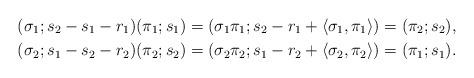
LaTeX: \begin{gather*}(\sigma_1;s_2-s_1-r_1)(\pi_1;s_1)=(\sigma_1\pi_1;s_2-r_1+\langle\sigma_1,\pi_1\rangle)=(\pi_2;s_2),\\(\sigma_2;s_1-s_2-r_2)(\pi_2;s_2)=(\sigma_2\pi_2;s_1-r_2+\langle\sigma_2,\pi_2\rangle)=(\pi_1;s_1).\end{gather*}